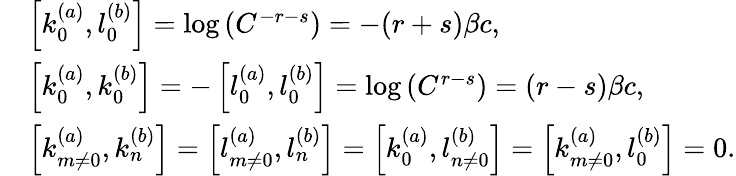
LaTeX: \begin{array}{rl}&{\left[k_{0}^{(a)},l_{0}^{(b)}\right]=\log\left(C^{-r-s}\right)=-(r+s)\beta c,}\\ &{\left[k_{0}^{(a)},k_{0}^{(b)}\right]=-\left[l_{0}^{(a)},l_{0}^{(b)}\right]=\log\left(C^{r-s}\right)=(r-s)\beta c,}\\ &{\left[k_{m\neq 0}^{(a)},k_{n}^{(b)}\right]=\left[l_{m\neq 0}^{(a)},l_{n}^{(b)}\right]=\left[k_{0}^{(a)},l_{n\neq 0}^{(b)}\right]=\left[k_{m\neq 0}^{(a)},l_{0}^{(b)}\right]=0.}\end{array}